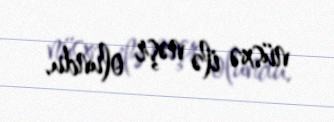
nüsxə ilə nəşr olundu.